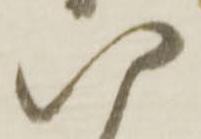
八